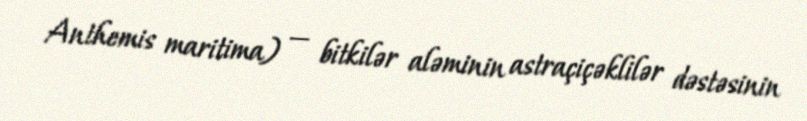
Anthemis maritima) — bitkilər aləminin astraçiçəklilər dəstəsinin